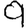
Digit: 9